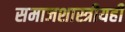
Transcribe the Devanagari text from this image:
समाजशास्त्रीयही